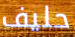
حليف